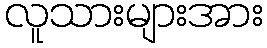
လူသားများအား